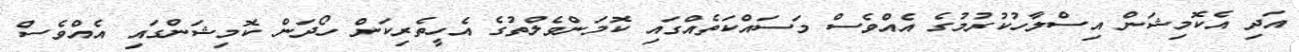
އަދި އެކޮމިޝަން އިސްލާހުކުރުމުގެ އެއްވެސް މަސައްކަތެއްގައި ކޮމަންވެލްތުގެ އެހީތެރިކަން ހޯދަން ކޮމިޝަންގައި އެއްވެސް